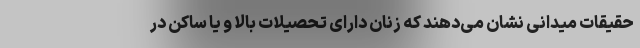
حقیقات میدانی نشان می‌دهند که زنان دارای تحصیلات بالا و یا ساکن در